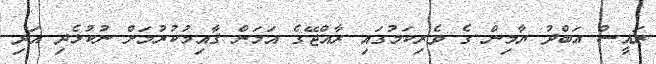
ރައީސް ޢަބްދު ޔާމިން ގެ ވެރިކަމުގައި ރާއްޖޭގެ އަމަން ޤާއިމުކުރުމަށް ނުކުޅެދި އަދި